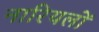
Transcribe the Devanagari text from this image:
नारियलों